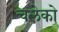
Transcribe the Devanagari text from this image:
चलेको